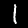
Label: 1